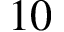
1 0